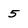
Character: 5